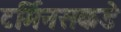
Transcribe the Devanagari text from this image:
टर्मिनसकडे